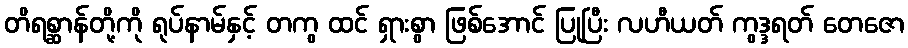
တိရစ္ဆာန်တို့ကို ရုပ်နာမ်နှင့် တကွ ထင် ရှားစွာ ဖြစ်အောင် ပြုပြီး လဟီယတ် ကွဒ္ဒရတ် တေဇော